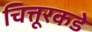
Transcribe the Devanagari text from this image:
चित्तूरकडे